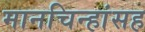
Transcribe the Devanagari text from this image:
मानचिन्हांसह